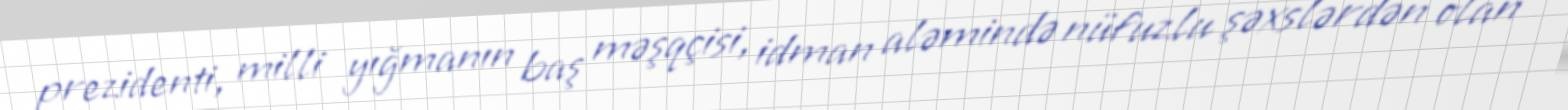
prezidenti, milli yığmanın baş məşqçisi, idman aləmində nüfuzlu şəxslərdən olan